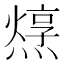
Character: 𤏂